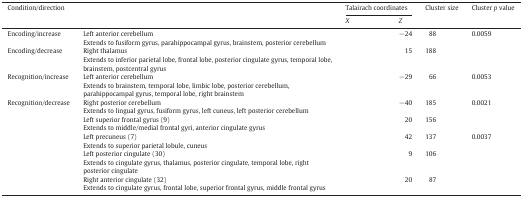
<table><thead><tr><td rowspan="2"><b>Condition/direction</b></td><td rowspan="2">[EMPTY_CELL]</td><td colspan="3"><b>Talairach coordinates</b></td><td rowspan="2"><b>Cluster size</b></td><td rowspan="2"><b>Cluster <i>p</i> value</b></td></tr><tr><td><b><i>X</i></b></td><td>[EMPTY_CELL]</td><td><b><i>Z</i></b></td></tr></thead><tbody><tr><td>Encoding/increase</td><td>Left anterior cerebellumExtends to fusiform gyrus, parahippocampal gyrus, brainstem, posterior cerebellum</td><td>[EMPTY_CELL]</td><td>[EMPTY_CELL]</td><td>−24</td><td>88</td><td>0.0059</td></tr><tr><td>Encoding/decrease</td><td>Right thalamusExtends to inferior parietal lobe, frontal lobe, posterior cingulate gyrus, temporal lobe, brainstem, postcentral gyrus</td><td>[EMPTY_CELL]</td><td>[EMPTY_CELL]</td><td>15</td><td>188</td><td>[EMPTY_CELL]</td></tr><tr><td>Recognition/increase</td><td>Left anterior cerebellumExtends to brainstem, temporal lobe, limbic lobe, posterior cerebellum, parahippocampal gyrus, temporal lobe, right brainstem</td><td>[EMPTY_CELL]</td><td>[EMPTY_CELL]</td><td>−29</td><td>66</td><td>0.0053</td></tr><tr><td>Recognition/decrease</td><td>Right posterior cerebellumExtends to lingual gyrus, fusiform gyrus, left cuneus, left posterior cerebellum</td><td>[EMPTY_CELL]</td><td>[EMPTY_CELL]</td><td>−40</td><td>185</td><td>0.0021</td></tr><tr><td>[EMPTY_CELL]</td><td>Left superior frontal gyrus (9)Extends to middle/medial frontal gyri, anterior cingulate gyrus</td><td>[EMPTY_CELL]</td><td>[EMPTY_CELL]</td><td>20</td><td>156</td><td>[EMPTY_CELL]</td></tr><tr><td>[EMPTY_CELL]</td><td>Left precuneus (7)Extends to superior parietal lobule, cuneus</td><td>[EMPTY_CELL]</td><td>[EMPTY_CELL]</td><td>42</td><td>137</td><td>0.0037</td></tr><tr><td>[EMPTY_CELL]</td><td>Left posterior cingulate (30)Extends to cingulate gyrus, thalamus, posterior cingulate, temporal lobe, right posterior cingulate</td><td>[EMPTY_CELL]</td><td>[EMPTY_CELL]</td><td>9</td><td>106</td><td>[EMPTY_CELL]</td></tr><tr><td>[EMPTY_CELL]</td><td>Right anterior cingulate (32)Extends to cingulate gyrus, frontal lobe, superior frontal gyrus, middle frontal gyrus</td><td>[EMPTY_CELL]</td><td>[EMPTY_CELL]</td><td>20</td><td>87</td><td>[EMPTY_CELL]</td></tr></tbody></table>